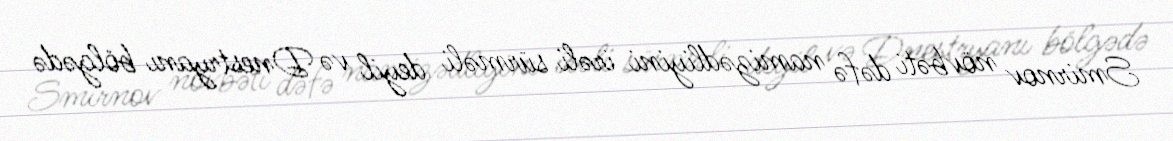
Smirnov növbəti dəfə namizədliyini irəli sürməli deyil və Dnestryanı bölgədə